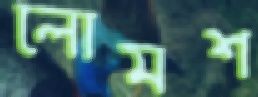
লোমশ